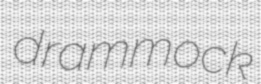
drammock